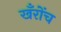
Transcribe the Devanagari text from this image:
खँरोंच